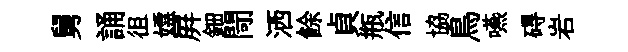
舅誦徂嫖屛鈿閜洒餘貞瓶信協鳥嚥碍岩